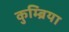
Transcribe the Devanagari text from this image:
कुम्ब्रिया